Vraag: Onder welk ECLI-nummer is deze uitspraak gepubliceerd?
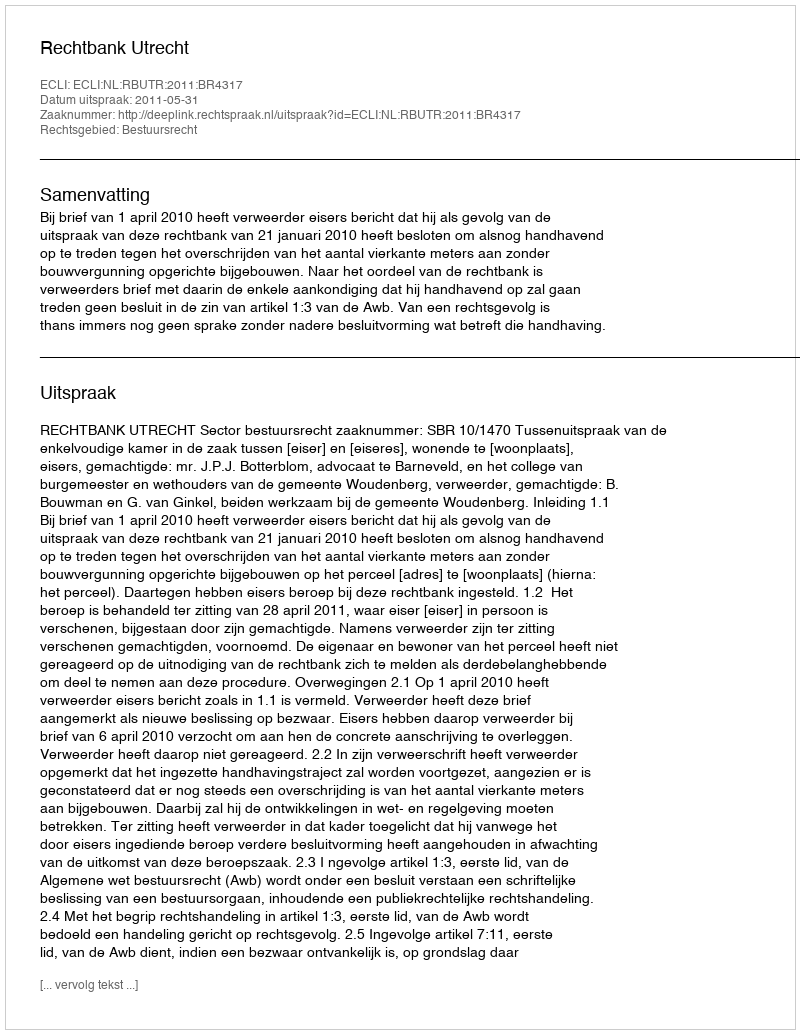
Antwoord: ECLI:NL:RBUTR:2011:BR4317